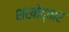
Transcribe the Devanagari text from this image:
शंखोद्वार